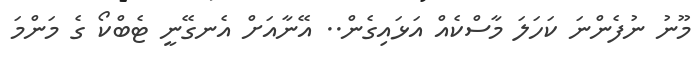
މޫނު ނުފެންނަ ކަހަލަ މާސްކެއް އަޅައިގެން.. އޭނާއަށް އެނގޭނީ ޓެބްކޯ ގެ މަންމަ